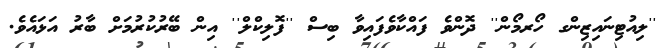
''ލިއުޓިނައިޒިންގ ހޯރމޯން'' ދޮންވެ ފައްކާވެފައިވާ ބިސް ''ފޮލިކްލް'' އިން ބޭރުކުރުމަށް ބާރު އަޅައެވެ.